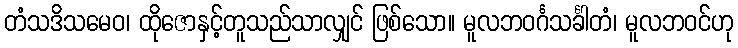
တံသဒိသမေဝ၊ ထိုဇောနှင့်တူသည်သာလျှင် ဖြစ်သော။ မူလဘဝင်္ဂသင်္ခါတံ၊ မူလဘဝင်ဟု